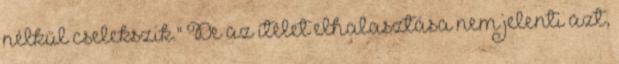
nélkül cselekszik." De az ítélet elhalasztása nem jelenti azt,